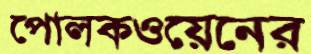
পোলকওয়েনের